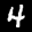
Label: 4